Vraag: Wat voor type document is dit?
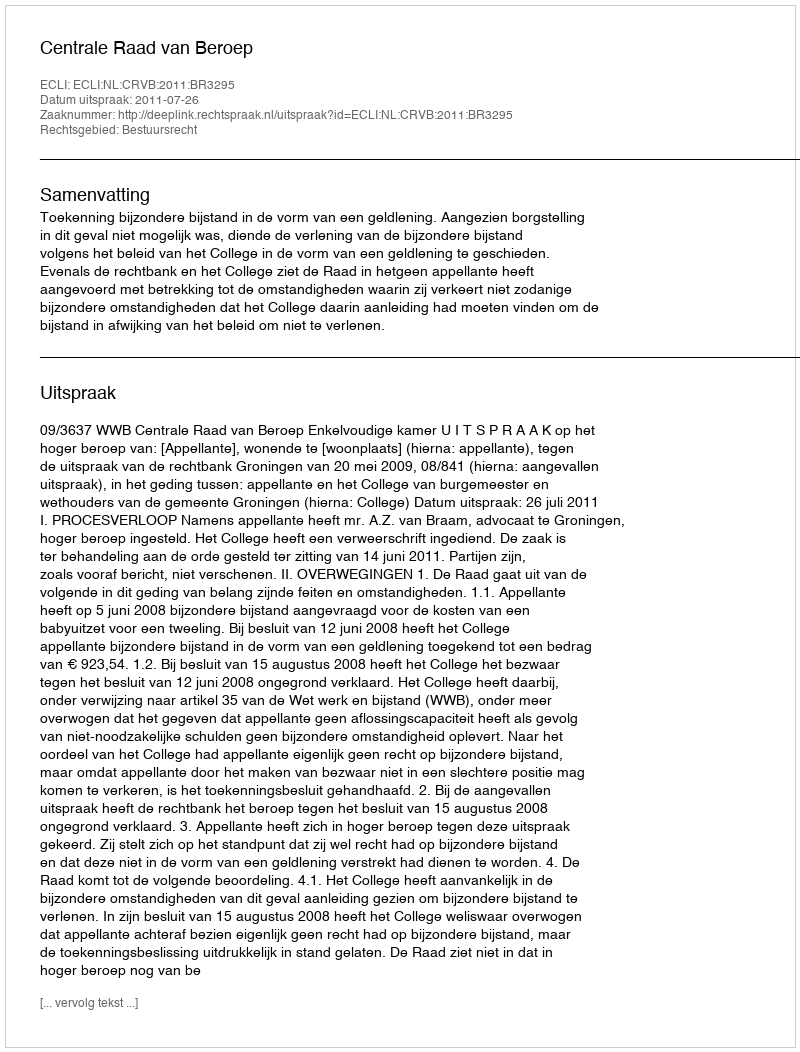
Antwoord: Uitspraak